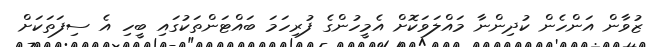
ޒުވާން އަންހެން ކުދިންނާ މައްލަވަކޮށް އެމީހުންގެ ފުރިހަމަ ބައްޓަންތަކުގައި ބީހި އެ ސިފަތަކަށް